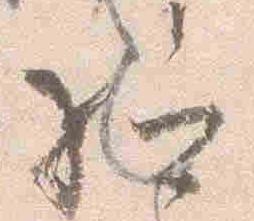
給